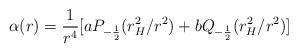
LaTeX: \begin{align*}\alpha(r) = \frac{1}{r^4} [a P_{-\frac{1}{2}}(r_H^2/r^2) + bQ_{-\frac{1}{2}}(r_H^2/r^2)]\end{align*}